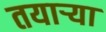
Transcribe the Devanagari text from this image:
तयाऱ्या